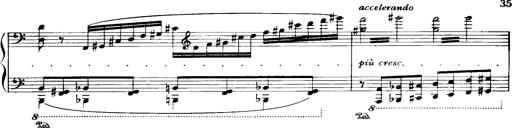
Title: Historische ungarische Bildnisse
Composer: Franz Liszt